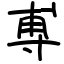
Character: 尃